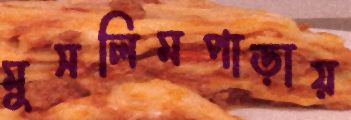
মুসলিমপাড়ায়